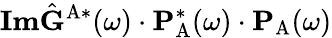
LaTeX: \textbf{Im}\hat{\mathbf{G}}^{\mathrm{A}*}(\omega)\cdot\mathbf{P}_{\mathrm{A}}^{*}(\omega)\cdot\mathbf{P}_{\mathrm{A}}(\omega)